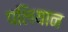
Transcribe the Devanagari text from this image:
पलियान